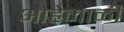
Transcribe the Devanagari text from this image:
आहेमाळी